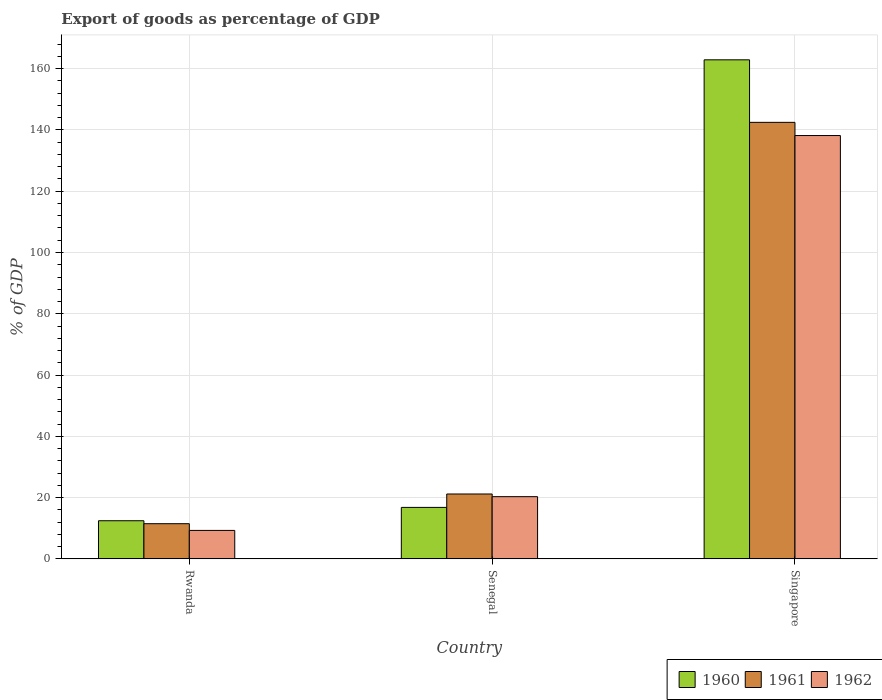
| Country | 1960 | 1961 | 1962 |
 | --- | --- | --- | --- |
 | Rwanda | 12.4 | 11.5 | 9.28 |
 | Senegal | 16.8 | 21.2 | 20.3 |
 | Singapore | 163 | 142 | 138 |